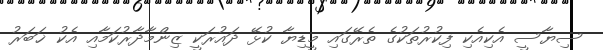
ސިޔާސީ އެކިއެކި ފިކުރުތަކުގެ ތެރޭގައި މީޑިޔާ ކުޅޭ ދައުރަކީ ޒިންމާދާރުކަމާއި އެކު ޚަބަރު